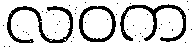
လဝက